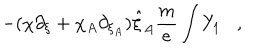
LaTeX: - ( \chi \partial _ { \xi } + \chi _ { A } \partial _ { \xi _ { A } } ) \hat { \xi } _ { A } \frac { m } { e } \int Y _ { 1 } ,